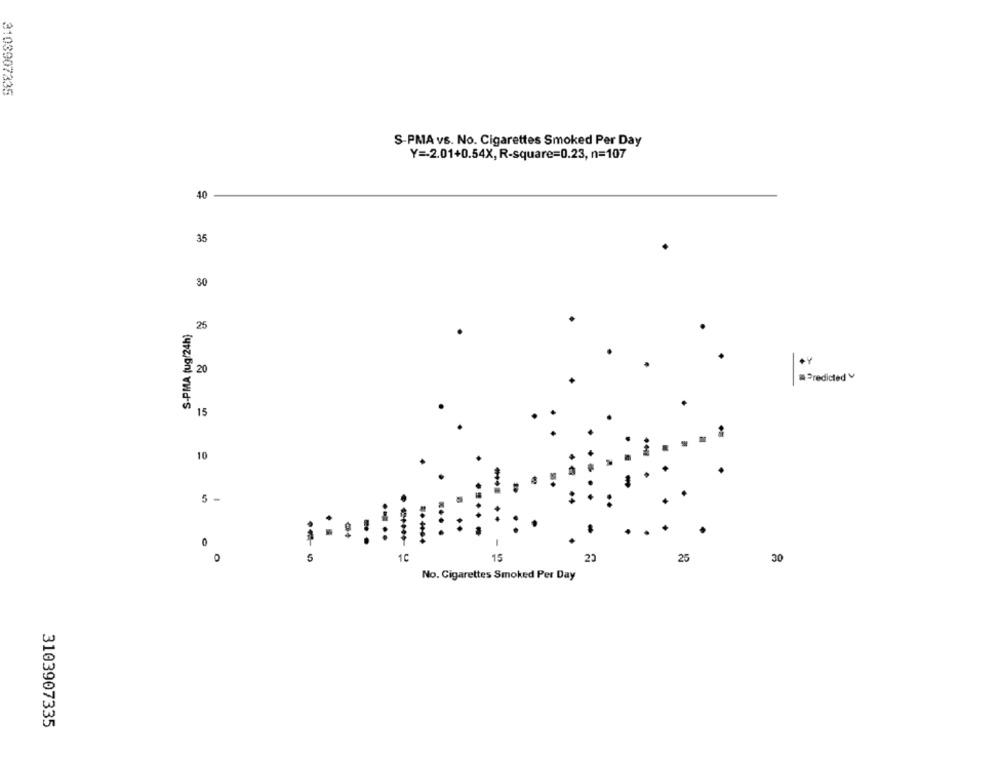
3103907335
S-PMA vs. No. Cigarettes Smoked Per Day
Y =- 2.01+0.54X, R-square=0.23, n=107
40
35
30
S-PMA (ug/24h)
25
= Predicted
15
10
5 -
:
....
0
5
1C
15
23
25
30
No. Cigarettes Smoked Per Day
3103907335